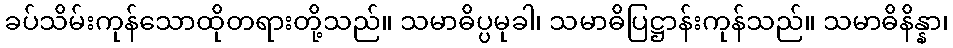
ခပ်သိမ်းကုန်သောထိုတရားတို့သည်။ သမာဓိပ္ပမုခါ၊ သမာဓိပြဋ္ဌာန်းကုန်သည်။ သမာဓိနိန္နာ၊